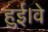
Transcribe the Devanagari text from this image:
हुई।वे